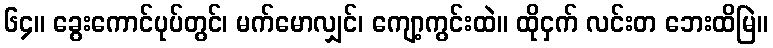
၆၄။ ခွေးကောင်ပုပ်တွင်၊ မက်မောလျှင်၊ ကျော့ကွင်းထဲ။ ထိုငှက် လင်းတ ဘေးထိမြဲ။